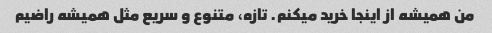
من همیشه از اینجا خرید میکنم. تازه، متنوع و سریع مثل همیشه راضیم